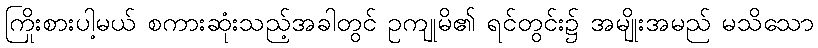
ကြိုးစားပါ့မယ် စကားဆုံးသည့်အခါတွင် ဥကျုမိ၏ ရင်တွင်း၌ အမျိုးအမည် မသိသော